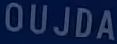
OUJDA